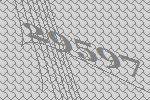
29597